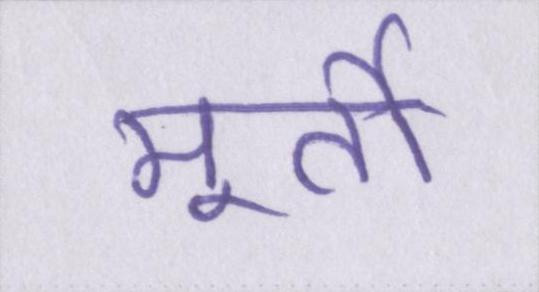
मूर्ती